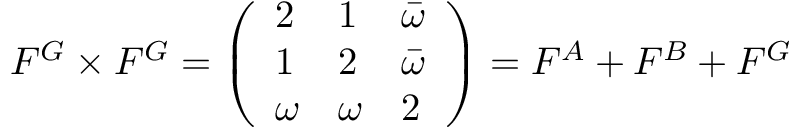
F ^ { G } \times F ^ { G } = \left( \begin{array} { l l l } { 2 } & { 1 } & { \bar { \omega } } \\ { 1 } & { 2 } & { \bar { \omega } } \\ { \omega } & { \omega } & { 2 } \end{array} \right) = F ^ { A } + F ^ { B } + F ^ { G }